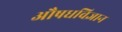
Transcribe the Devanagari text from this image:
औषधविज्ञान